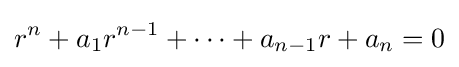
r^{n}+a_{1}r^{n-1}+\cdots +a_{n-1}r+a_{n}=0